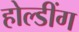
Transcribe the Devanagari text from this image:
होल्डींग